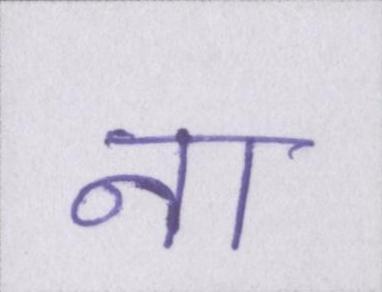
ना